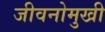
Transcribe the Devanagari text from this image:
जीवनोमुखी